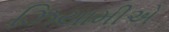
ઝિયામીએ